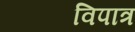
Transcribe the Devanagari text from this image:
विपात्र